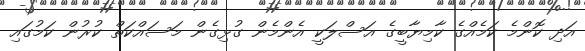
އަދި ކޮންމެ ކަމެއްގެ ކާމިޔާބީގެ އަސްލަކީ އެންމެން ގުޅިގެން މަސައްކަތް ކުރުން ކަމުގައި